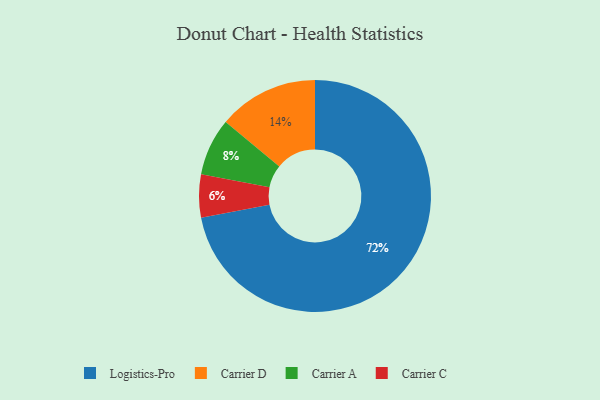
{"axis": {"x": "Category", "y": "Percentage"}, "legend": ["Carrier A", "Carrier C", "Carrier D", "Logistics-Pro"], "data": [{"x": "Logistics-Pro", "y": 72, "type": "Logistics-Pro"}, {"x": "Carrier C", "y": 6, "type": "Carrier C"}, {"x": "Carrier A", "y": 8, "type": "Carrier A"}, {"x": "Carrier D", "y": 14, "type": "Carrier D"}]}